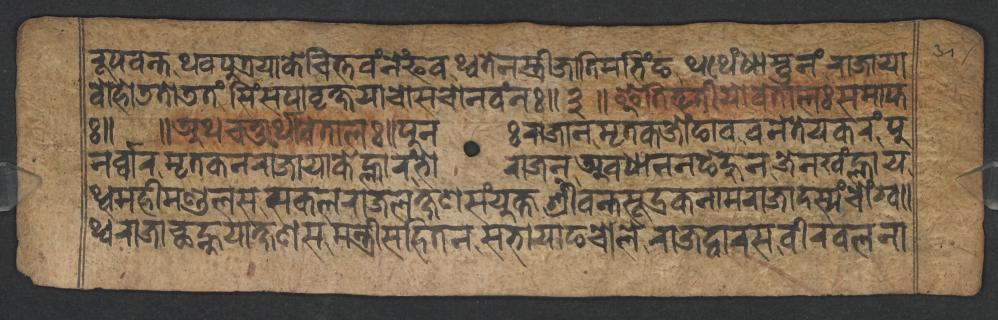
𑐬𑐹𑐥𑐰𑐣𑑂𑐟𑐠𑐰𑐥𑐸𑐟𑑂𑐬𑐫𑐵𑐎𑐾𑐔𑐶𑐟𑑂𑐟𑐰𑑄𑐣𑐾𑑄𑐦𑐰𑐠𑑂𑐰𑐟𑐾𑐣𑐳𑑂𑐟𑑂𑐬𑐷𑐖𑐵𑐟𑐶𑐩𑐨𑐶𑑄𑐒𑐠𑐠𑐾𑑄𑐢𑐵𑐳𑑂𑐟𑐸𑐣𑑄𑐬𑐵𑐖𑐵𑐫𑐵 𑐧𑑀𑐴𑑀𑐜𑐟𑑀𑐜𑐟𑑄𑐳𑐶𑑄𑐳𑐥𑐵𑐰𑐺𑐎𑑂𑐲𑐫𑐵𑐔𑑀𑐳𑐔𑑀𑐣𑐰𑑄𑐣:𑑌𑑓𑑌𑐂𑐟𑐶𑐟𑐺𑐟𑐷𑐫𑑀𑐰𑐾𑐟𑐵𑐮𑑅𑐳𑐩𑐵𑐥𑑂𑐟 𑑅𑑌 𑑌𑐀𑐠𑐔𑐟𑐸𑐬𑑂𑐠𑑀𑐰𑐾𑐟𑐵𑐮𑑅𑑌𑐥𑐸𑐣𑑅𑐬𑐵𑐖𑐵𑐣𑐩𑐺𑐟𑐎𑐖𑑀𑑄𑐒𑐵𑐰𑐰𑐣𑐾𑐟𑐾𑐫𑐎𑐬𑑄𑐥𑐸 𑐣𑐬𑑂𑐰𑑂𑐰𑐵𑐬𑐩𑐺𑐟𑐎𑐣𑐬𑐵𑐖𑐵𑐫𑐵𑐎𑐾𑐮𑑂𑐴𑐵𑐬𑑄𑐨𑑀𑐬𑐵𑐖𑐣𑐰𑐢𑐵𑐣𑐣𑐒𑐾𑐴𑐸𑐣𑐖𑐾𑐣𑐏𑑄𑐮𑑂𑐴𑐵𑐫 𑐠𑑂𑐰𑐩𑐴𑐷𑐩𑐞𑑂𑐜𑐮𑐳𑐳𑐎𑐮𑐬𑐵𑐖𑐮𑐎𑑂𑐲𑐞𑐳𑑄𑐫𑐸𑐎𑑂𑐟𑐱𑑂𑐬𑐷𑐰𑐣𑑂𑐟𑐳𑐹𑐡𑑂𑐬𑐎𑐣𑐵𑐩𑐬𑐵𑐖𑐵𑐡𑐳𑑂𑐫𑑄𑐔𑑀𑑄𑐐𑑂𑐰𑑌 𑐠𑑂𑐰𑐬𑐵𑐖𑐵𑐕𑐣𑑂𑐴𑐸𑐫𑐵𑐎𑑂𑐲𑐞𑐳𑐩𑐣𑑂𑐟𑑂𑐬𑐷𑐳𑐴𑐶𑐟𑐣𑐳𑐨𑐵𑐫𑐵𑐒𑐔𑑀𑐮𑐾𑐬𑐵𑐖𑐡𑑂𑐰𑐵𑐬𑐳𑐰𑐷𑐬𑐧𑐮𑐣𑐵